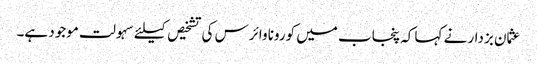
عثمان بزدار نے کہا کہ پنجاب میں کورونا وائرس کی تشخیص کیلئے سہولت موجود ہے۔